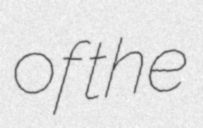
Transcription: of the